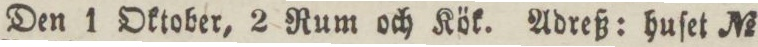
Den 1 Oktober, 2 Rum och Kök. Adreß: huſet No